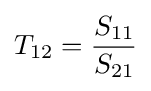
T_{12}={\frac {S_{11}}{S_{21}}}